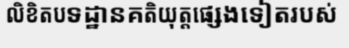
លិខិតបទដ្ឋានគតិយុត្តផ្សេងទៀតរបស់